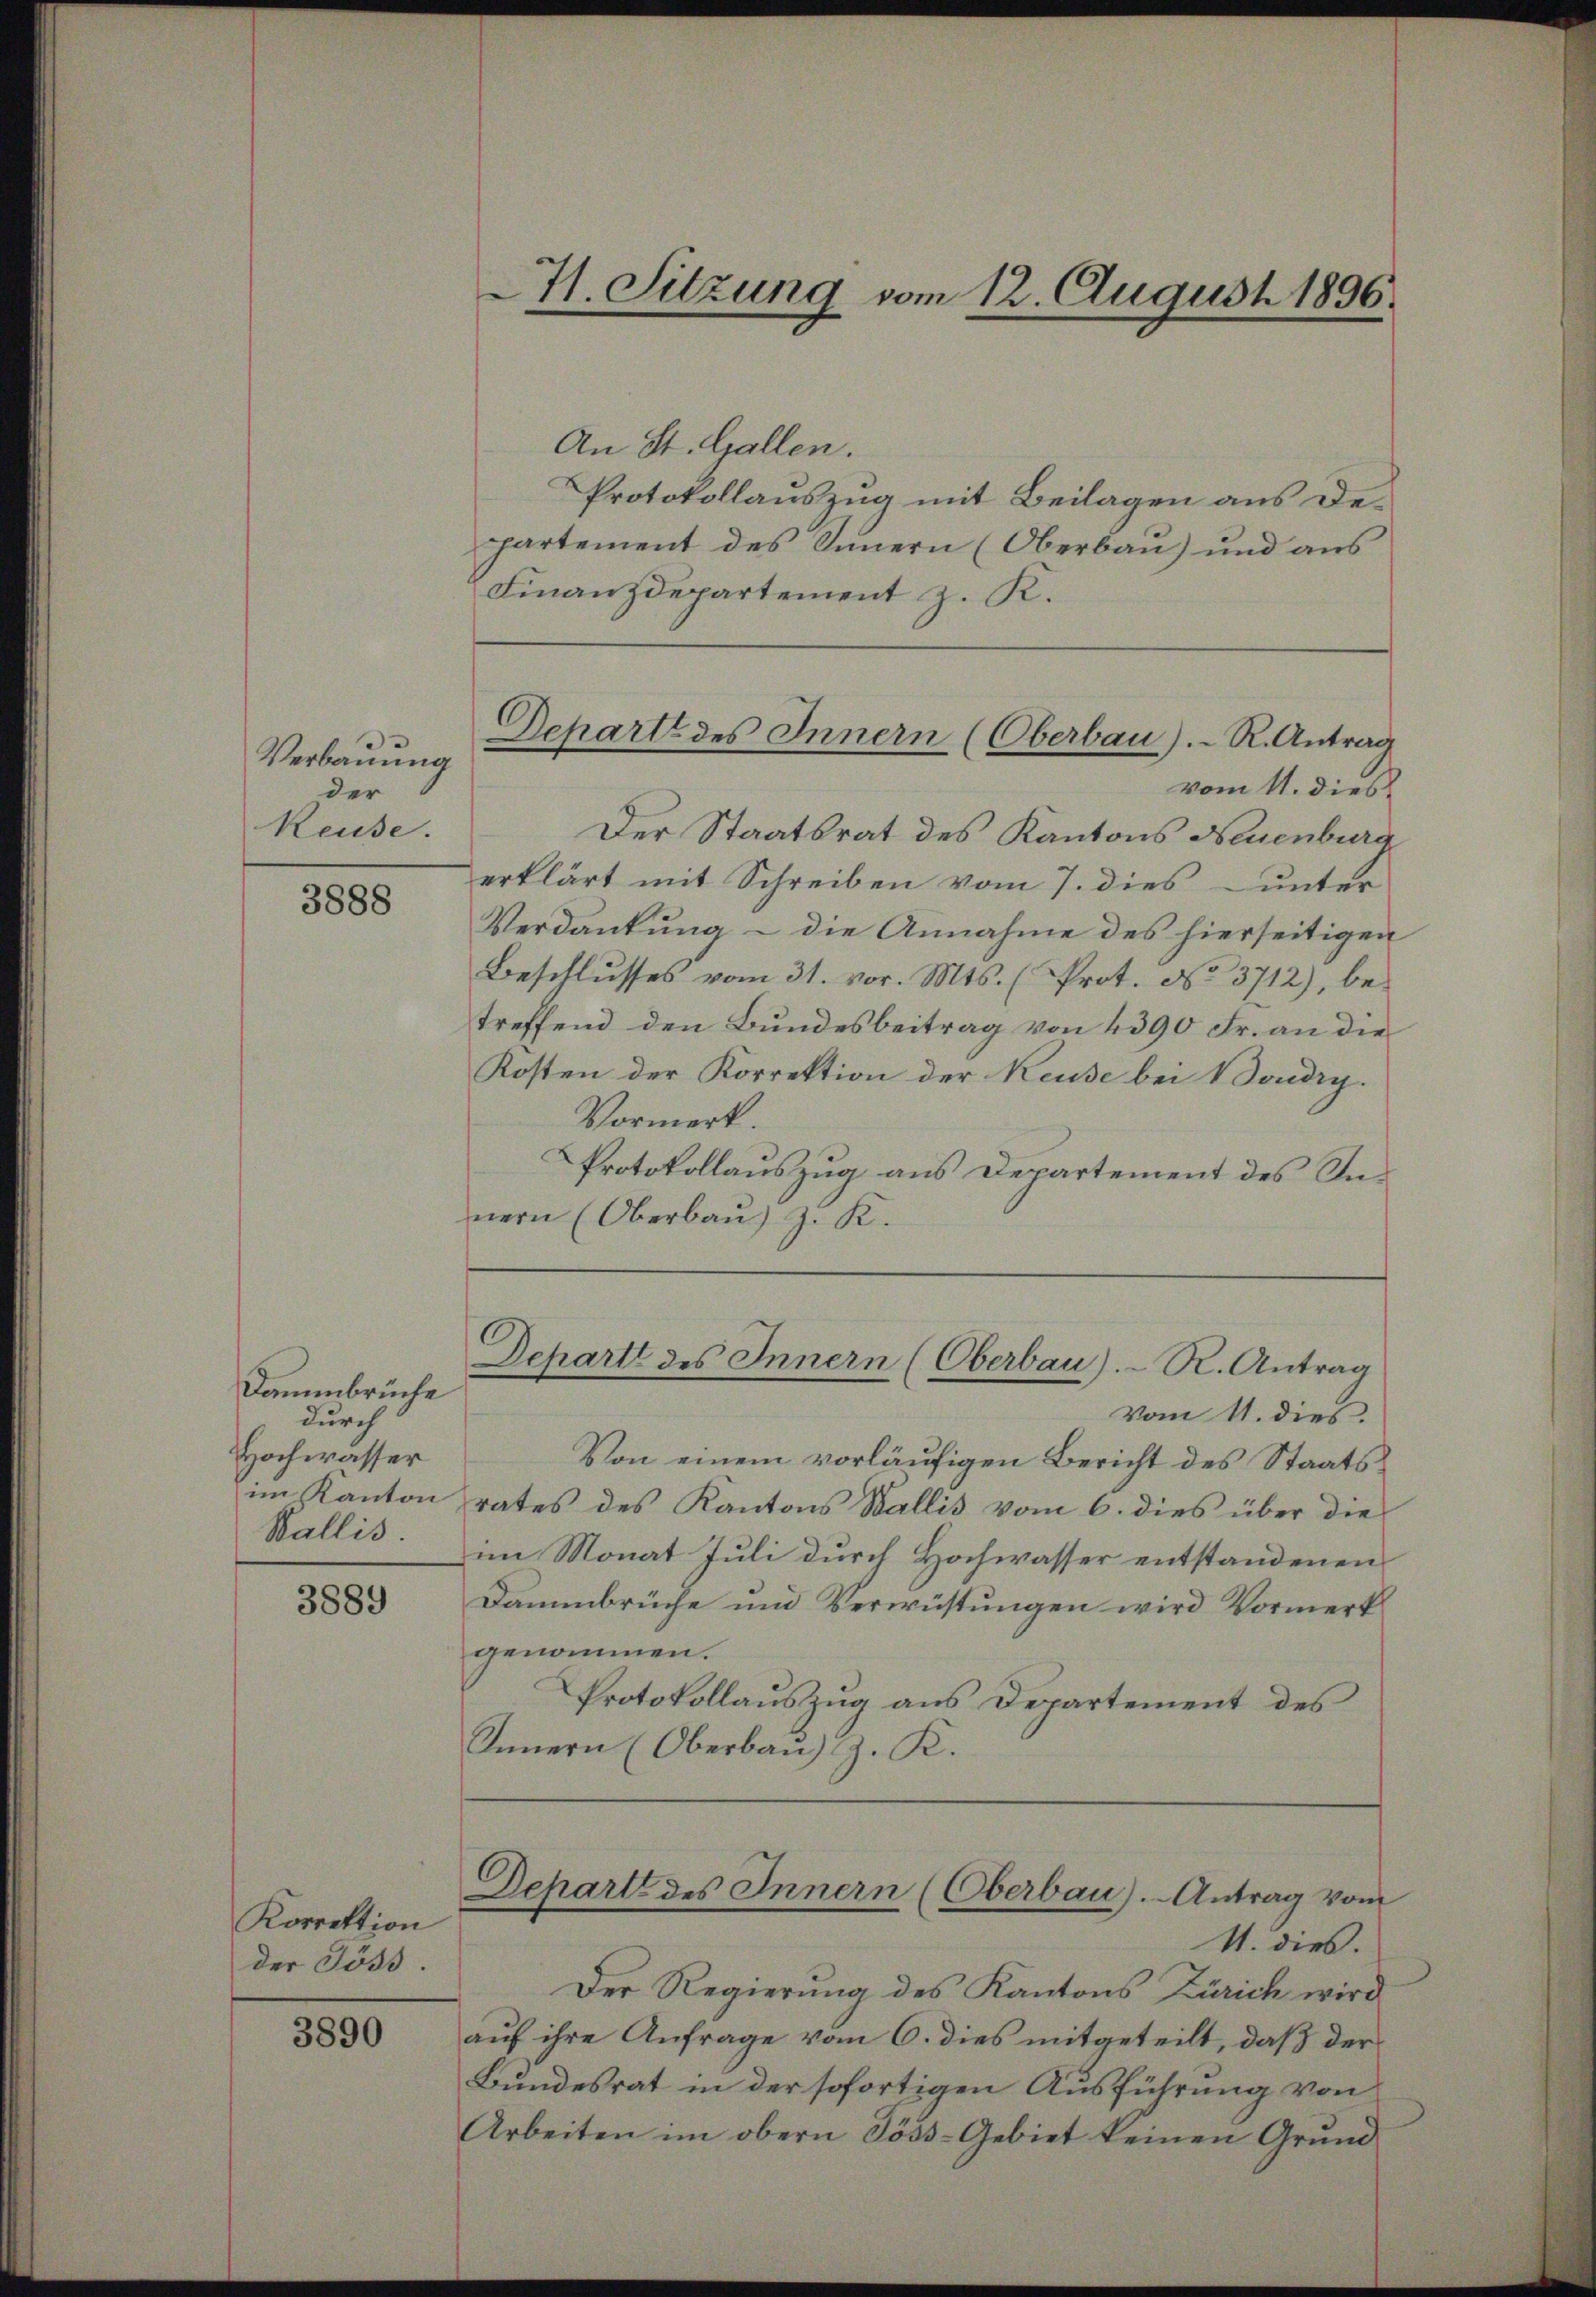
Verbauung
der
Reuse.

3888

Dammbrüche
durch
Hochwasser
Wallis.

3889

Korrektion
der Söss.

3890

An St. Gallen.
Protokollauszug mit Beilagen aus Departement des Innern (Oberbau) und aus
Finanzdepartement z. K.
vom 11. dies
Der Staatsrat des Kantons Neuenburg
erklärt mit Schreiben vom 7. dies unter
Verdankung – die Annahme des hierseitigen
Beschlusses vom 31. vor. Mts. (Prot. No. 3712), betreffend den Bundesbeitrag von 4390 Fr. an die
Kosten der Korrektion der Keuse bei 1 Doudry.
Vormerk.
Protokollauszug aus Departement des Innern (Oberbau) z. K.

41. Sitzung vom 12. August 1896.

Dchart des Innern (Oberbau).- R. Antrag

Depart des Innern (Oberbau).- R. Antrag

vom 11. dies.
Von einem vorläufigen Bericht des Staatsim Kanton rates des Kantons Wallis vom 6. dies über die
im Monat Juli durch Hochwasser entstandenen
Dammbrüche und Verwüstungen wird Vormerk
genommen.
Protokollauszug aus Departement des
Innern (Oberbaŭ) z. K.

Depart des Innern (Oberbau). Antrag vom

11. dies.
Der Regierung des Kantons Zürich wird
auf ihre Anfrage vom 6. dies mitgeteilt, daß der
Bundesrat in der sofortigen Ausführung von
Arbeiten im obern Söss-Gebiet keinen Grund